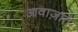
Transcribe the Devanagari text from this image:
आवाज़ात